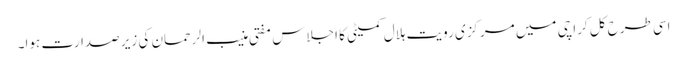
اسی طرح کل کراچی میں مرکزی رویت ہلال کمیٹی کا اجلاس مفتی منیب الرحمان کی زیر صدارت ہوا۔